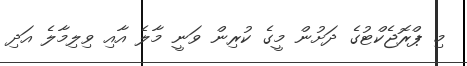
މި ޕްރޮޖެކްޓުގެ ދަށުން މީގެ ކުރިން ވަނީ މާލެ އާއި ވިލިމާލެ އަދި